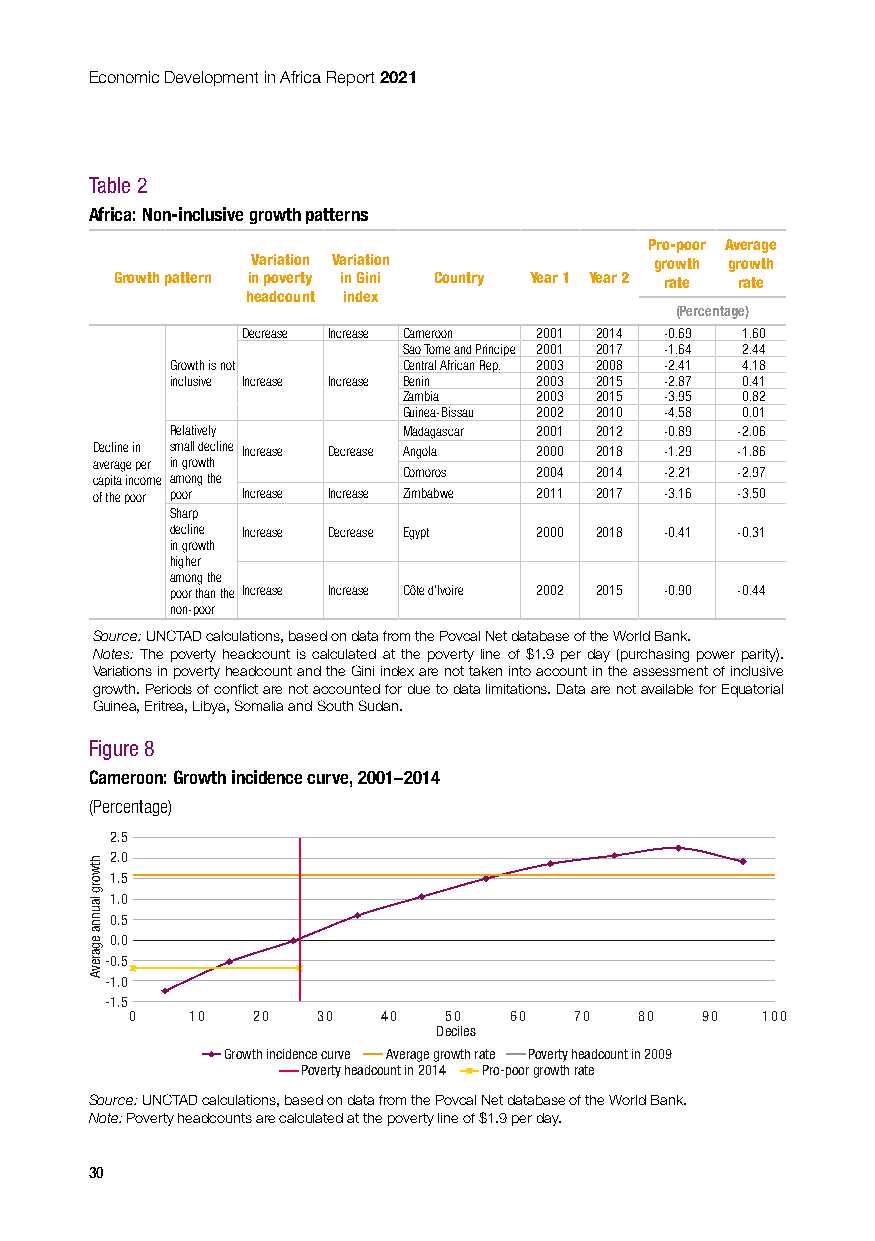
Economic Development in Africa Report 2021
 Table 2
 Africa: Non-inclusive growth patterns
 Pro-poor Average
 Variation Variation       growth growth
 Growth pattern in poverty in Gini Country Year 1 Year 2 rate rate
 headcount index
 (Percentage)
 Decrease Increase Cameroon 2001 2014 -0.69 1.60
 Sao Tome and Principe 2001 2017 -1.64 2.44
 Growth is not   Central African Rep. 2003 2008 -2.41 4.18
 inclusive Increase Increase Benin 2003 2015 -2.87 0.41
 Zambia  2003 2015 -3.95 0.82
 Guinea-Bissau 2002 2010 -4.58 0.01
 Relatively      Madagascar 2001 2012 -0.89 -2.06
 Decline in small decline Increase Decrease Angola 2000 2018 -1.29 -1.86
 average per in growth
 capita income among the Comoros 2004 2014 -2.21 -2.97
 of the poor poor Increase Increase Zimbabwe 2011 2017 -3.16 -3.50
 Sharp
 decline Increase Decrease Egypt 2000 2018 -0.41 -0.31
 in growth
 higher
 among the
 poor than the Increase Increase Côte d’Ivoire 2002 2015 -0.90 -0.44
 non-poor
 Source: UNCTAD calculations, based on data from the Povcal Net database of the World Bank.
 Notes: The poverty headcount is calculated at the poverty line of $1.9 per day (purchasing power parity).
 Variations in poverty headcount and the Gini index are not taken into account in the assessment of inclusive
 growth. Periods of conflict are not accounted for due to data limitations. Data are not available for Equatorial
 Guinea, Eritrea, Libya, Somalia and South Sudan.
 Figure 8
 Cameroon: Growth incidence curve, 2001–2014
 (Percentage)
 2.5
 2.0
 1.5
 1.0
 0.5
 0.0
 -0.5
 -1.0
 -1.5
 0  10   20  30  40  50   60  70  80  90  100
 Deciles
 Growth incidence curve Average growth rate Poverty headcount in 2009
 Poverty headcount in 2014 Pro-poor growth rate
 Source: UNCTAD calculations, based on data from the Povcal Net database of the World Bank.
 Note: Poverty headcounts are calculated at the poverty line of $1.9 per day.
 30
 htworg
 launna
 egarevA